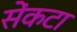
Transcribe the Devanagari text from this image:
सेंकटा